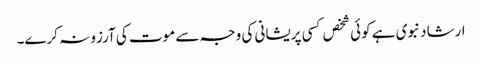
ارشاد نبوی ہے کوئی شخص کسی پریشانی کی وجہ سے موت کی آرزو نہ کرے۔